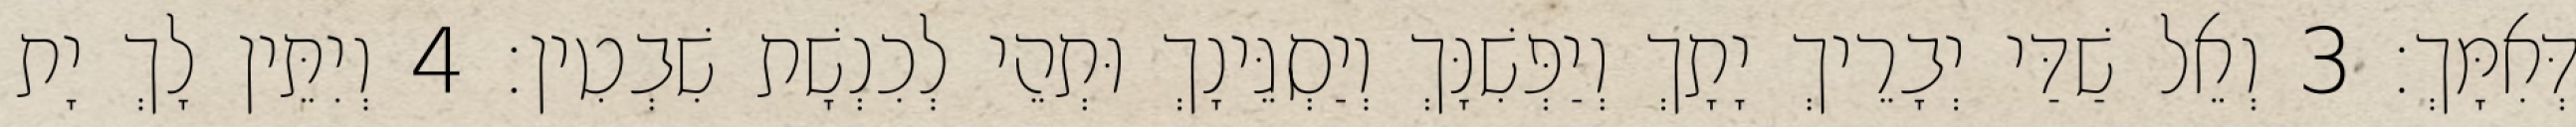
דְּאִמָּךְ׃ 3 וְאֵל שַׁדַּי יְבָרֵיךְ יָתָךְ וְיַפְּשִׁנָּךְ וְיַסְגֵּינָךְ וּתְהֵי לְכִנְשָׁת שִׁבְטִין׃ 4 וְיִתֵּין לָךְ יָת